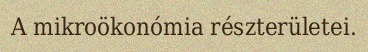
A mikroökonómia részterületei.